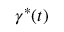
\gamma ^ { * } ( t )